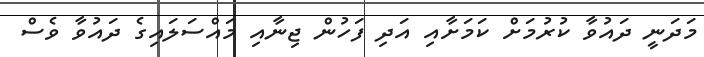
މަދަނީ ދައުވާ ކުރުމަށް ކަމަށާއި އަދި ފަހުން ޖިނާއި މައްސަލައިގެ ދައުވާ ވެސް